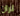
تران